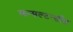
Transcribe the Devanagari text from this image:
कन्सल्टन्सीत